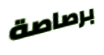
برصاصة